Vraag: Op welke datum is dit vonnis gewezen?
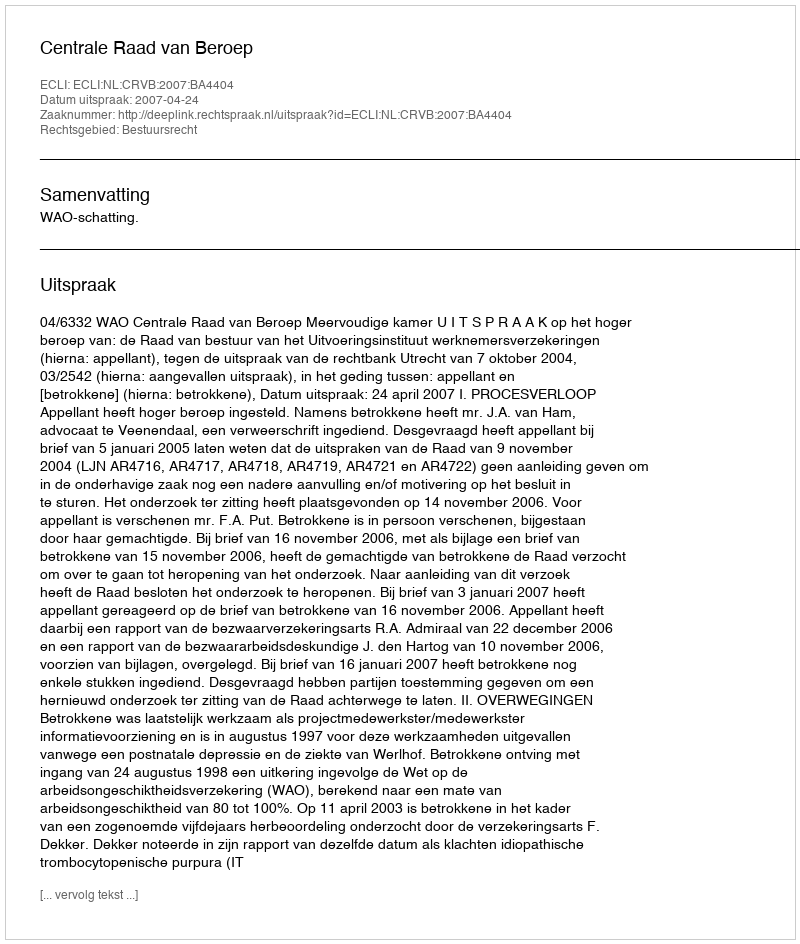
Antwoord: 2007-04-24